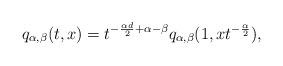
LaTeX: \begin{align*} q_{\alpha,\beta}(t,x)=t^{-\frac{\alpha d}{2}+\alpha-\beta}q_{\alpha,\beta}(1,xt^{-\frac{\alpha}{2}}),\end{align*}